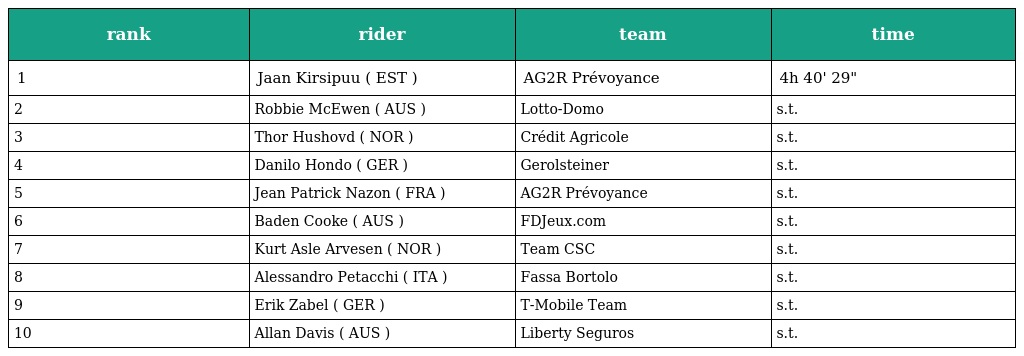
| rank | rider | team | time |
 | --- | --- | --- | --- |
 | 1 | Jaan Kirsipuu ( EST ) | AG2R Prévoyance | 4h 40' 29" |
 | 2 | Robbie McEwen ( AUS ) | Lotto-Domo | s.t. |
 | 3 | Thor Hushovd ( NOR ) | Crédit Agricole | s.t. |
 | 4 | Danilo Hondo ( GER ) | Gerolsteiner | s.t. |
 | 5 | Jean Patrick Nazon ( FRA ) | AG2R Prévoyance | s.t. |
 | 6 | Baden Cooke ( AUS ) | FDJeux.com | s.t. |
 | 7 | Kurt Asle Arvesen ( NOR ) | Team CSC | s.t. |
 | 8 | Alessandro Petacchi ( ITA ) | Fassa Bortolo | s.t. |
 | 9 | Erik Zabel ( GER ) | T-Mobile Team | s.t. |
 | 10 | Allan Davis ( AUS ) | Liberty Seguros | s.t. |